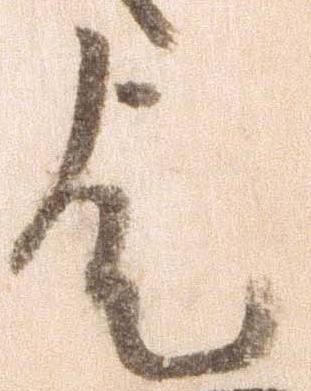
歟